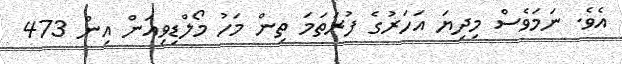
އެވެ. ނަމަވެސް މިދިޔަ އަހަރުގެ ފުރަތަމަ ތިން މަހު މޯލްޑިވިއަން އިން 473